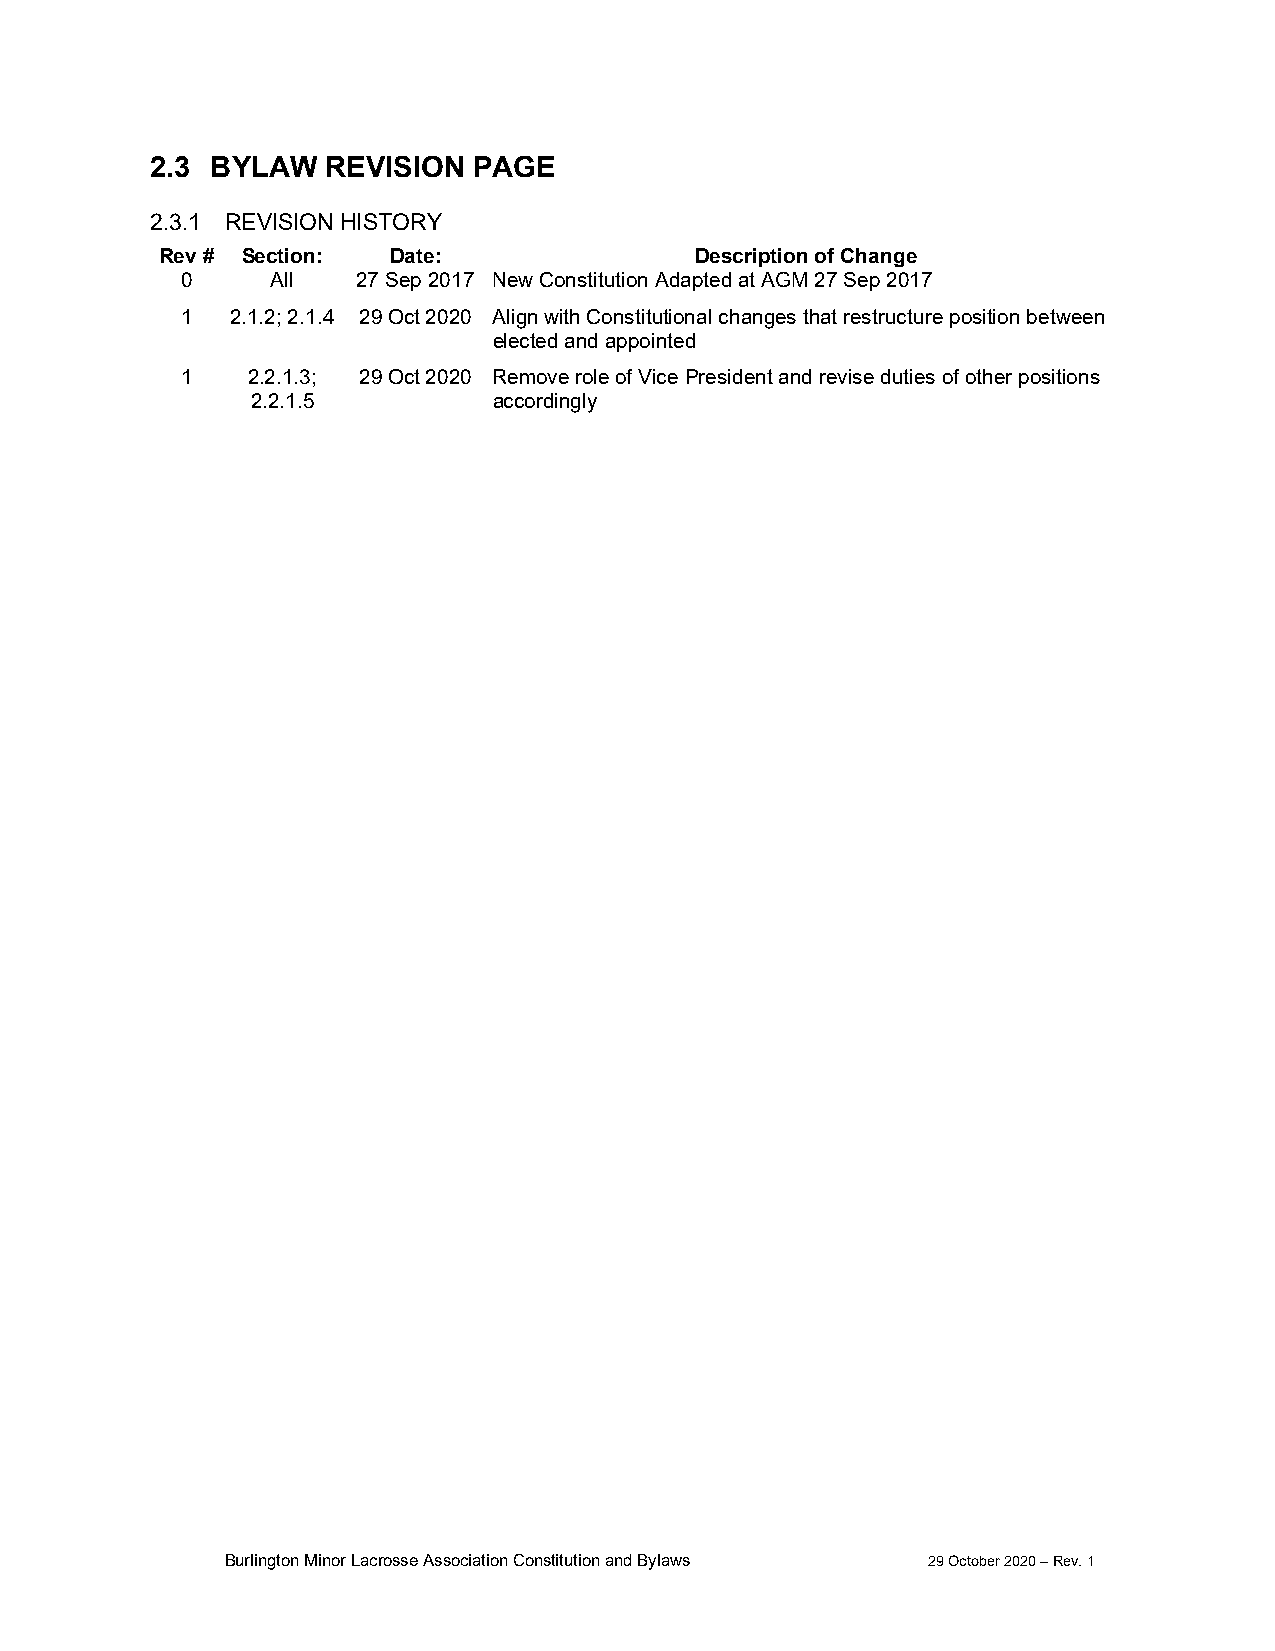
2.3 BYLAW   REVISION PAGE
 2.3.1 REVISION HISTORY
 Rev # Section: Date:               Description of Change
 0     All   27 Sep 2017 New Constitution Adapted at AGM 27 Sep 2017
 1  2.1.2; 2.1.4 29 Oct 2020 Align with Constitutional changes that restructure position between
 elected and appointed
 1   2.2.1.3; 29 Oct 2020 Remove role of Vice President and revise duties of other positions
 2.2.1.5         accordingly
 Burlington Minor Lacrosse Association Constitution and Bylaws 29 October 2020 – Rev. 1